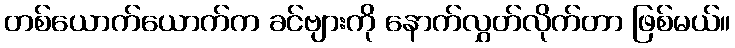
တစ်ယောက်ယောက်က ခင်ဗျားကို နောက်လွှတ်လိုက်တာ ဖြစ်မယ်။